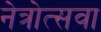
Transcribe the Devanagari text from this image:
नेत्रोत्सवा